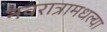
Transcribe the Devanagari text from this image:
नवरात्रामधल्या